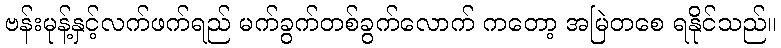
ဗန်းမုန့်နှင့်လက်ဖက်ရည် မက်ခွက်တစ်ခွက်လောက် ကတော့ အမြဲတစေ ရနိုင်သည်။